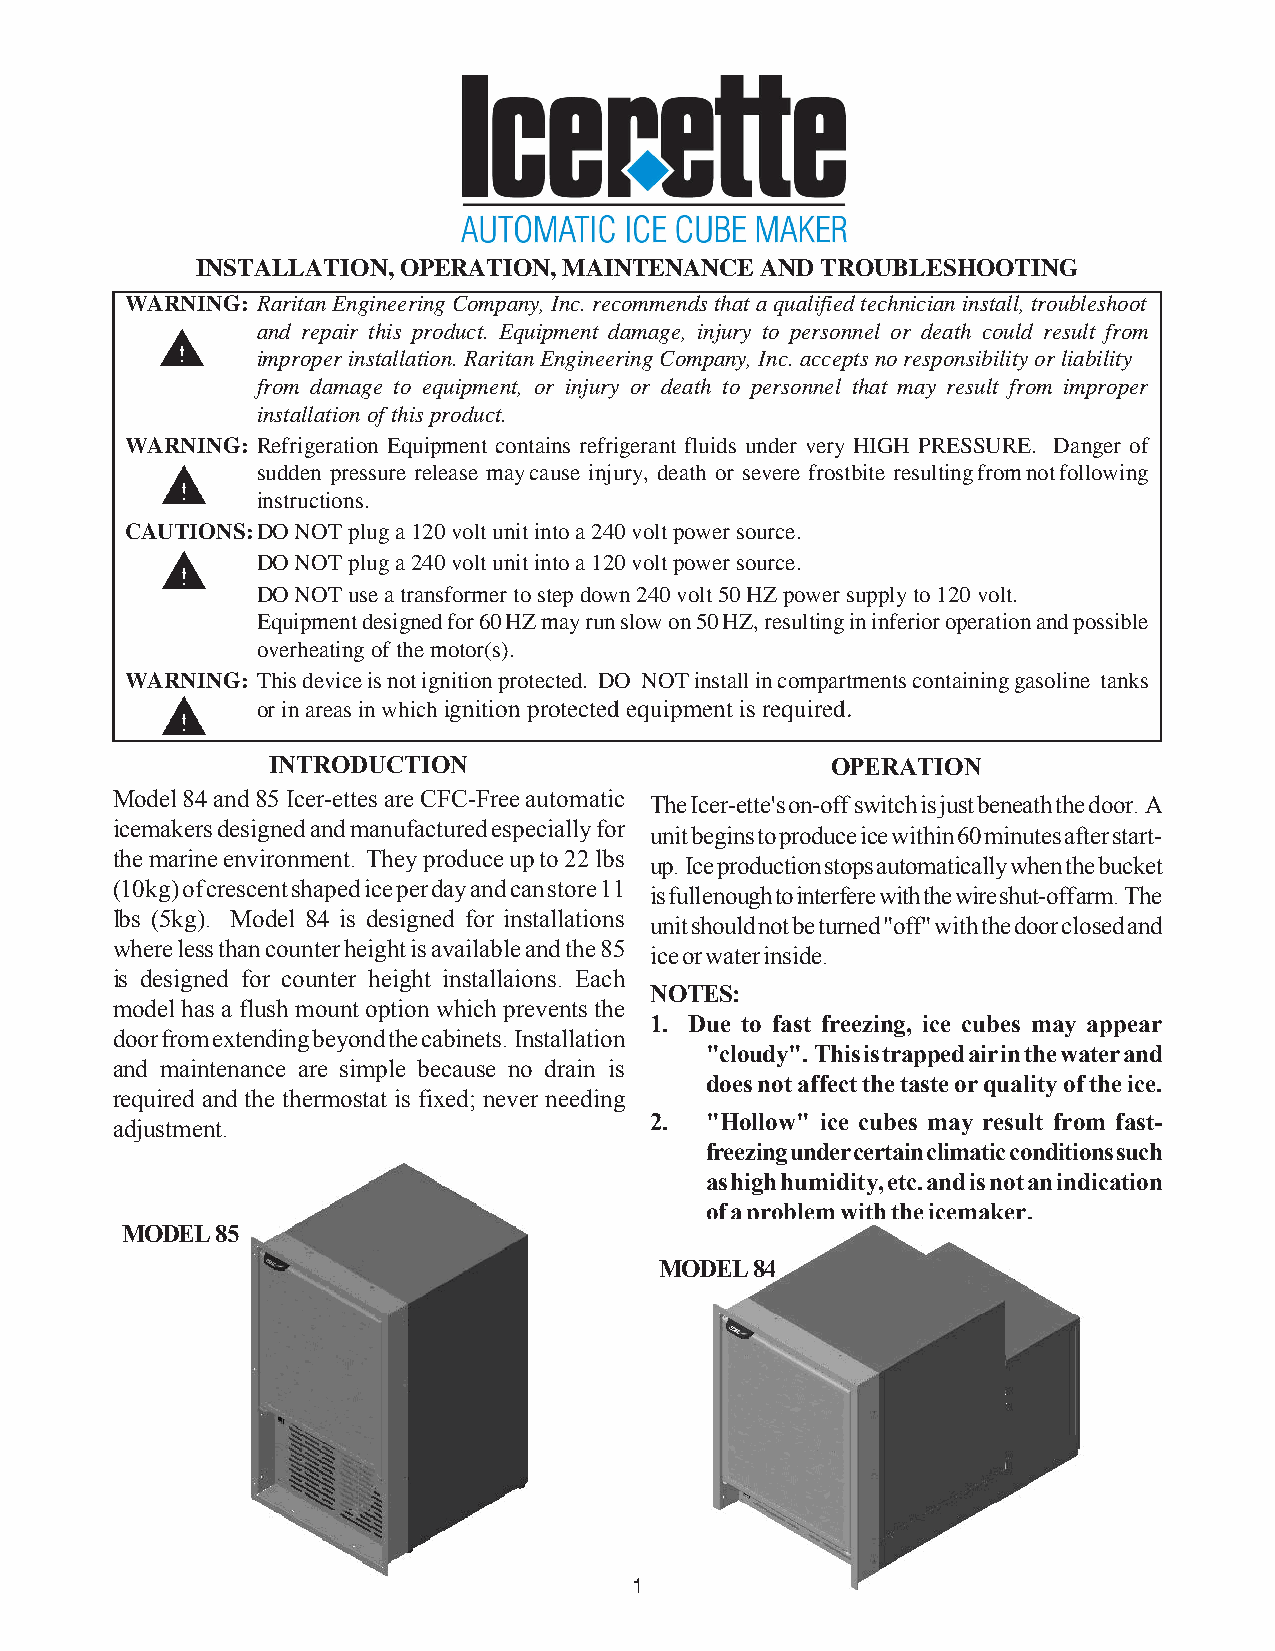
INSTALLATION, OPERATION, MAINTENANCE AND TROUBLESHOOTING
 WARNING: Raritan Engineering Company, Inc. recommends that a qualified technician install, troubleshoot
 and repair this product. Equipment damage, injury to personnel or death could result from
 improper installation. Raritan Engineering Company, Inc. accepts no responsibility or liability
 from damage to equipment, or injury or death to personnel that may result from improper
 installation of this product.
 WARNING: Refrigeration Equipment contains refrigerant fluids under very HIGH PRESSURE. Danger of
 sudden pressure release may cause injury, death or severe frostbite resulting from not following
 instructions.
 CAUTIONS:DO NOT plug a 120 volt unit into a 240 volt power source.
 DO NOT plug a 240 volt unit into a 120 volt power source.
 DO NOT use a transformer to step down 240 volt 50 HZ power supply to 120 volt.
 Equipment designed for 60 HZ may run slow on 50 HZ, resulting in inferior operation and possible
 overheating of the motor(s).
 WARNING: This device is not ignition protected. DO NOT install in compartments containing gasoline tanks
 or in areas in which ignition protected equipment is required.
 INTRODUCTION                         OPERATION
 Model 84 and 85 Icer-ettes are CFC-Free automatic
 The Icer-ette's on-off switch is just beneath the door. A
 icemakers designed and manufactured especially for
 unit begins to produce ice within 60 minutes after start-
 the marine environment. They produce up to 22 lbs
 up. Ice production stops automatically when the bucket
 (10kg) of crescent shaped ice per day and can store 11
 is full enough to interfere with the wire shut-off arm. The
 lbs (5kg). Model 84 is designed for installations
 unit should not be turned "off" with the door closed and
 where less than counter height is available and the 85
 ice or water inside.
 is designed for counter height installaions. Each
 NOTES:
 model has a flush mount option which prevents the
 1. Due to fast freezing, ice cubes may appear
 door from extending beyond the cabinets. Installation
 "cloudy". This is trapped air in the water and
 and maintenance are simple because no drain is
 does not affect the taste or quality of the ice.
 required and the thermostat is fixed; never needing
 2.  "Hollow" ice cubes may result from fast-
 adjustment.
 freezing under certain climatic conditions such
 as high humidity, etc. and is not an indication
 of a problem with the icemaker.
 MODEL 85
 MODEL 84
 1